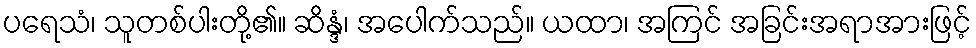
ပရေသံ၊ သူတစ်ပါးတို့၏။ ဆိန္ဒံ၊ အပေါက်သည်။ ယထာ၊ အကြင် အခြင်းအရာအားဖြင့်